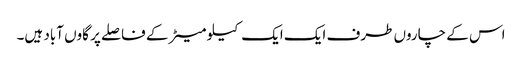
اس کے چاروں طرف ایک ایک کیلو میٹر کے فاصلے پر گاوں آباد ہیں۔